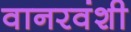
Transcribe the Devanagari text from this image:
वानरवंशी